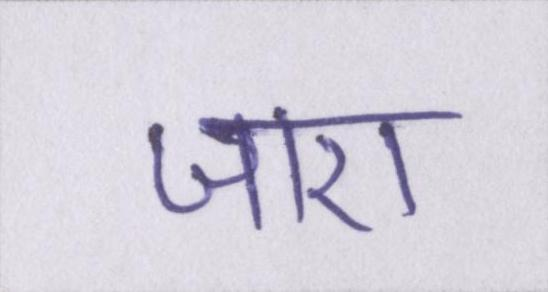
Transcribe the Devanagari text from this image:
जाए